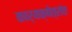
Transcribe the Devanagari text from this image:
कार्यक्षेत्रांत